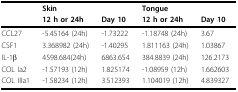
<table><thead><tr><td></td><td><b>Skin</b></td><td></td><td><b>Tongue</b></td><td></td></tr><tr><td></td><td><b>12 h or 24h</b></td><td><b>Day 10</b></td><td><b>12 h or 24h</b></td><td><b>Day 10</b></td></tr></thead><tbody><tr><td>CCL27</td><td>-5.45164 (24h)</td><td>-1.73222</td><td>-1.18748 (24h)</td><td>3.67</td></tr><tr><td>CSF1</td><td>3.368982 (24h)</td><td>-1.40295</td><td>1.811163 (24h)</td><td>1.03867</td></tr><tr><td>IL-1β</td><td>4598.684(24h)</td><td>6863.654</td><td>384.8839 (24h)</td><td>126.2173</td></tr><tr><td>COL Ia2</td><td>-1.57193 (12h)</td><td>1.825174</td><td>-1.08959 (12h)</td><td>1.662603</td></tr><tr><td>COL IIIa1</td><td>-1.58234 (12h)</td><td>3.512393</td><td>1.104019 (12h)</td><td>4.839327</td></tr></tbody></table>